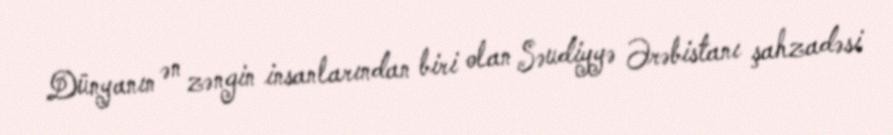
Dünyanın ən zəngin insanlarından biri olan Səudiyyə Ərəbistanı şahzadəsi